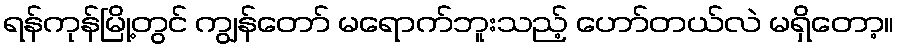
ရန်ကုန်မြို့တွင် ကျွန်တော် မရောက်ဘူးသည့် ဟော်တယ်လဲ မရှိတော့။